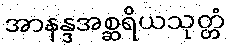
အာနန္ဒအစ္ဆရိယသုတ္တံ